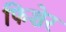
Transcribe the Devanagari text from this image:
फिशेर